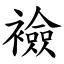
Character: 襝